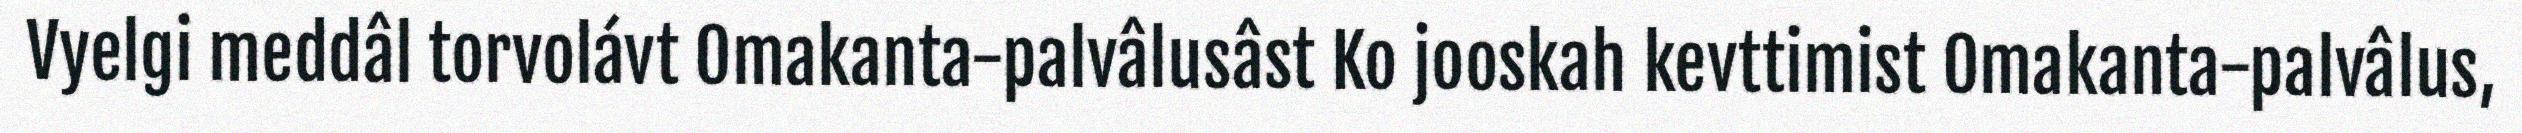
Vyelgi meddâl torvolávt Omakanta-palvâlusâst Ko jooskah kevttimist Omakanta-palvâlus,